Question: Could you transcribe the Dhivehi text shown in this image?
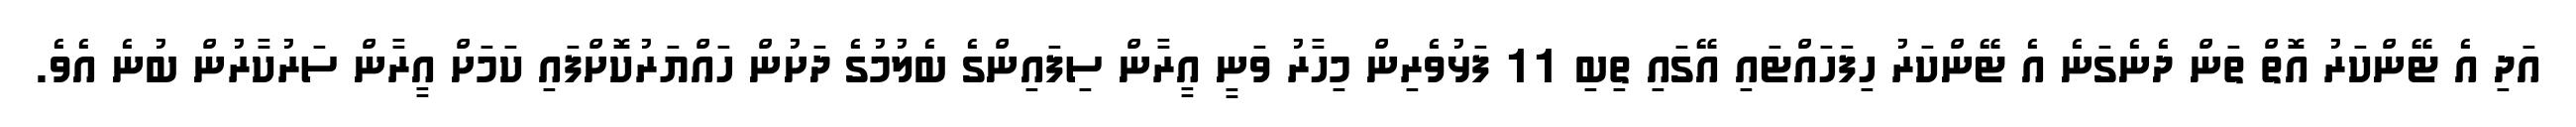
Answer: އަދި އެ ޓޭންކަރު އޮތް ތަން ދެނެގަނެ އެ ޓޭންކަރު ހިފަހައްޓައި އޭގައި ތިބި 11 ފަޅުވެރިން މިހާރު ވަނީ އީރާން ސިފައިންގެ ބެލުމުގެ ދަށުން ހައްޔަރުކޮށްފައި ކަމަށް އީރާން ސަރުކާރުން ބުނެ އެވެ.